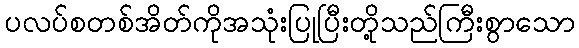
ပလပ်စတစ်အိတ်ကိုအသုံးပြုပြီးတို့သည်ကြီးစွာသော